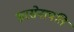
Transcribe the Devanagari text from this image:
सरसेनापति